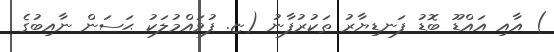
) އާއި އައްޑޫ ބޮޑު ފަނޑިޔާރު ތަކުރުފާނު (ޏ. ފުވައްމުލަކު ޙަސަން ނާއިބުގެ